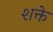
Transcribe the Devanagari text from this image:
शक्ते